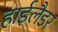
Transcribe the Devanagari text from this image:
हाईलैडर